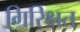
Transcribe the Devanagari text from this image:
गिरिक्षत